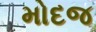
મોદજ